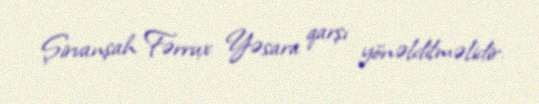
Şirvanşah Fərrux Yəsara qarşı yönəldilməlidir.